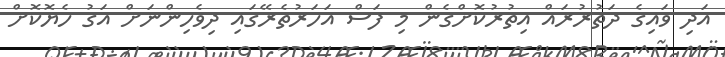
އަދި ވައިގެ ދަތުރުރައް އިތުރުކޮށްގެން މި ފަސް އަހަރުތެރޭގައި ދިވެހިންނަށް އަގު ހެޔޮކޮށް